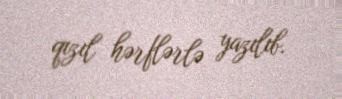
qızıl hərflərlə yazılıb.